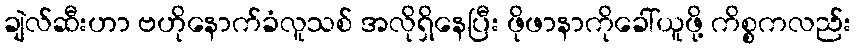
ချဲလ်ဆီးဟာ ဗဟိုနောက်ခံလူသစ် အလိုရှိနေပြီး ဖိုဖာနာကိုခေါ်ယူဖို့ ကိစ္စကလည်း